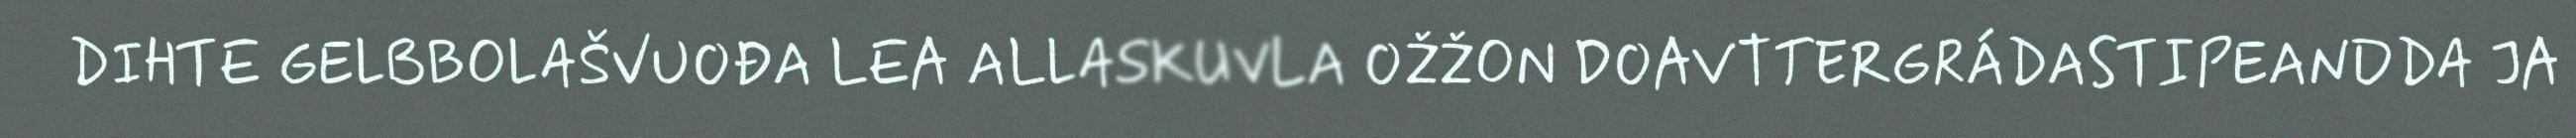
DIHTE GELBBOLAŠVUOĐA LEA ALLASKUVLA OŽŽON DOAVTTERGRÁDASTIPEANDDA JA